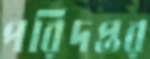
পরিদপ্তর